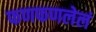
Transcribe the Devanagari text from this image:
फणफणलेलं